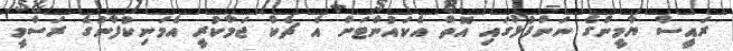
ރައީސް ޔާމީންގެ ނަންފުޅުގައި އޮތް އެކައުންޓަށް އެ ޗެކް ޖަމާކުރީ އެމަނިކުފާނުގެ ރަސްމީ